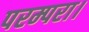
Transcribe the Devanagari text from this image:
परम्परा।